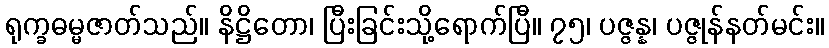
ရုက္ခဓမ္မဇာတ်သည်။ နိဋ္ဌိတော၊ ပြီးခြင်းသို့ရောက်ပြီ။ ၇၅၊ ပဇ္ဇန္န၊ ပဇ္ဇုန်နတ်မင်း။